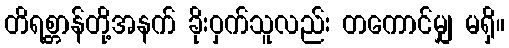
တိရစ္တာန်တို့အနက် ခိုးဝှက်သူလည်း တကောင်မျှ မရှိ။